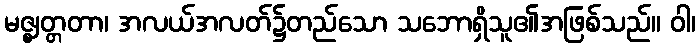
မဇ္ဈတ္တတာ၊ အလယ်အလတ်၌တည်သော သဘောရှိသူ၏အဖြစ်သည်။ ဝါ၊